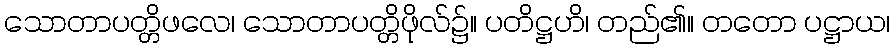
သောတာပတ္တိဖလေ၊ သောတာပတ္တိဖိုလ်၌။ ပတိဋ္ဌဟိ၊ တည်၏။ တတော ပဋ္ဌာယ၊